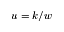
u = k / w